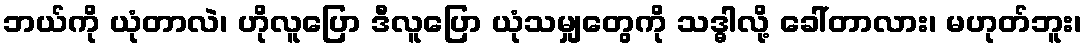
ဘယ်ကို ယုံတာလဲ၊ ဟိုလူပြော ဒီလူပြော ယုံသမျှတွေကို သဒ္ဓါလို့ ခေါ်တာလား၊ မဟုတ်ဘူး၊